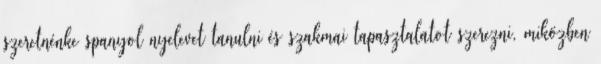
szeretnénke spanyol nyelevet tanulni és szakmai tapasztalatot szerezni, miközben